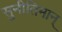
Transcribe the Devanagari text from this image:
सुनीतिमान्‌